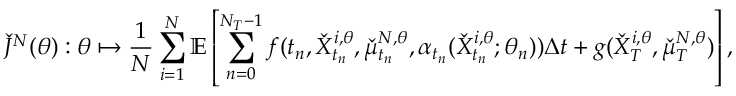
\check { J } ^ { N } ( \theta ) : \theta \mapsto \frac { 1 } { N } \sum _ { i = 1 } ^ { N } \mathbb { E } \left[ \sum _ { n = 0 } ^ { N _ { T } - 1 } f ( t _ { n } , \check { X } _ { t _ { n } } ^ { i , \theta } , \check { \mu } _ { t _ { n } } ^ { N , \theta } , \alpha _ { t _ { n } } ( \check { X } _ { t _ { n } } ^ { i , \theta } ; \theta _ { n } ) ) \Delta t + g ( \check { X } _ { T } ^ { i , \theta } , \check { \mu } _ { T } ^ { N , \theta } ) \right] ,